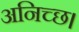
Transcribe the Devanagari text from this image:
अनिच्छ।